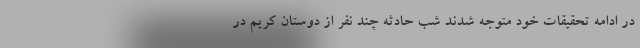
در ادامه تحقیقات خود متوجه شدند شب حادثه چند نفر از دوستان کریم در